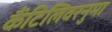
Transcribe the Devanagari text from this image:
कैंटिलिवरनुमा